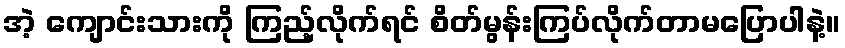
အဲ့ ကျောင်းသားကို ကြည့်လိုက်ရင် စိတ်မွန်းကြပ်လိုက်တာမပြောပါနဲ့။